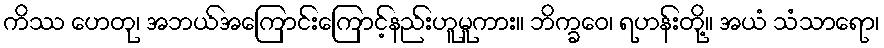
ကိဿ ဟေတု၊ အဘယ်အကြောင်းကြောင့်နည်းဟူမူကား။ ဘိက္ခဝေ၊ ရဟန်းတို့။ အယံ သံသာရော၊